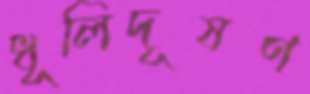
ধূলিদূষণ